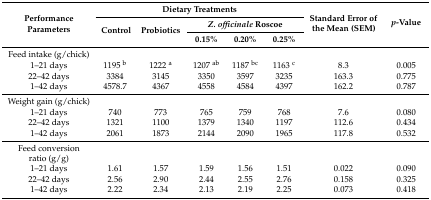
<table><thead><tr><td rowspan="3"><b>Performance Parameters</b></td><td colspan="5"><b>Dietary Treatments</b></td><td rowspan="3"><b>Standard Error of the Mean (SEM)</b></td><td rowspan="3"><b><i>p</i>-Value</b></td></tr><tr><td rowspan="2"><b>Control</b></td><td rowspan="2"><b>Probiotics</b></td><td colspan="3"><b><i>Z. officinale</i> Roscoe</b></td></tr><tr><td><b>0.15%</b></td><td><b>0.20%</b></td><td><b>0.25%</b></td></tr></thead><tbody><tr><td>Feed intake (g/chick)</td><td></td><td></td><td></td><td></td><td></td><td></td><td></td></tr><tr><td>1–21 days</td><td>1195 <sup>b</sup></td><td>1222 <sup>a</sup></td><td>1207 <sup>ab</sup></td><td>1187 <sup>bc</sup></td><td>1163 <sup>c</sup></td><td>8.3</td><td>0.005</td></tr><tr><td>22–42 days</td><td>3384</td><td>3145</td><td>3350</td><td>3597</td><td>3235</td><td>163.3</td><td>0.775</td></tr><tr><td>1–42 days</td><td>4578.7</td><td>4367</td><td>4558</td><td>4584</td><td>4397</td><td>162.2</td><td>0.787</td></tr><tr><td>Weight gain (g/chick)</td><td></td><td></td><td></td><td></td><td></td><td></td><td></td></tr><tr><td>1–21 days</td><td>740</td><td>773</td><td>765</td><td>759</td><td>768</td><td>7.6</td><td>0.080</td></tr><tr><td>22–42 days</td><td>1321</td><td>1100</td><td>1379</td><td>1340</td><td>1197</td><td>112.6</td><td>0.434</td></tr><tr><td>1–42 days</td><td>2061</td><td>1873</td><td>2144</td><td>2090</td><td>1965</td><td>117.8</td><td>0.532</td></tr><tr><td>Feed conversion ratio (g/g)</td><td></td><td></td><td></td><td></td><td></td><td></td><td></td></tr><tr><td>1–21 days</td><td>1.61</td><td>1.57</td><td>1.59</td><td>1.56</td><td>1.51</td><td>0.022</td><td>0.090</td></tr><tr><td>22–42 days</td><td>2.56</td><td>2.90</td><td>2.44</td><td>2.55</td><td>2.76</td><td>0.158</td><td>0.325</td></tr><tr><td>1–42 days</td><td>2.22</td><td>2.34</td><td>2.13</td><td>2.19</td><td>2.25</td><td>0.073</td><td>0.418</td></tr></tbody></table>